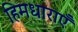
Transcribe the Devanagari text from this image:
हिमधाराएँ